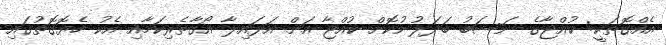
އެއްގޮތަކީ: ކުއްޖާގެ ނަސަބު ބަދަލުނުކޮށް ކުއްޖާ އަށް އަޅައިލާ އޯގާތެރިކަމާއި އެކު ހެޔޮގޮތުގައި